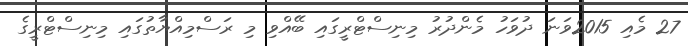
27 މެއި 2015ވަނަ ދުވަހު މެންދުރު މިނިސްޓްރީގައި ބޭއްވި މި ރަސްމިއްޔާތުގައި މިނިސްޓްރީގެ